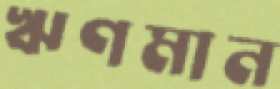
ঋণমান